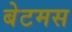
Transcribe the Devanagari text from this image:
बेटमस